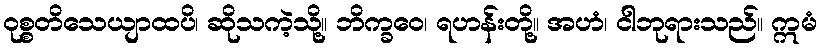
ဝုစ္စတိသေယျာထပိ၊ ဆိုသကဲ့သို့။ ဘိက္ခဝေ၊ ရဟန်းတို့။ အဟံ၊ ငါဘုရားသည်။ ဣမံ